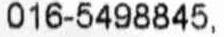
016-5498845,